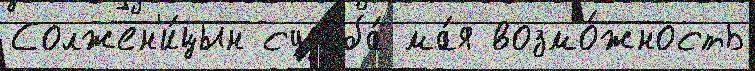
Солжен'и́цын судьба́ ма́я возмо́жность